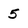
Character: 5